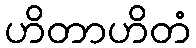
ဟိတာဟိတံ